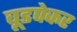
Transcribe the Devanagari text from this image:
वूडपेकर